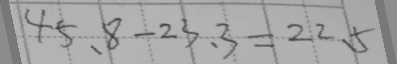
4 5 . 8 - 2 3 . 3 = 2 2 . 5